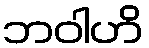
ဘဝါဟိ